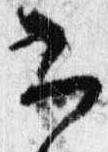
書